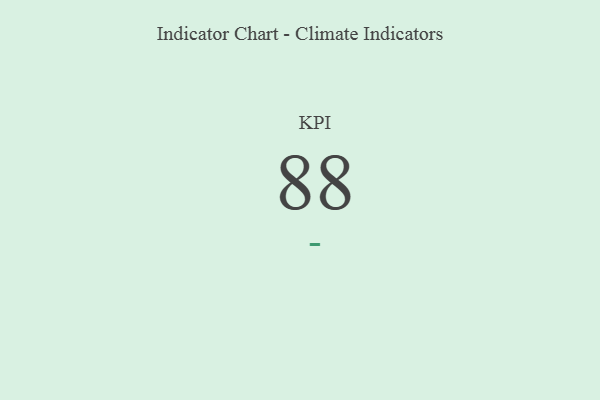
{"axis": {"x": "KPI", "y": "Value"}, "legend": [""], "data": [{"x": "KPI", "y": 88, "type": ""}]}